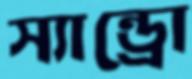
স্যান্ড্রো